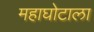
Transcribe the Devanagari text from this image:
महाघोटाला